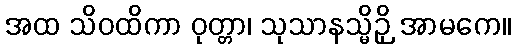
အထ သိဝထိကာ ဝုတ္တာ၊ သုသာနသ္မိဉှိ အာမကေ။